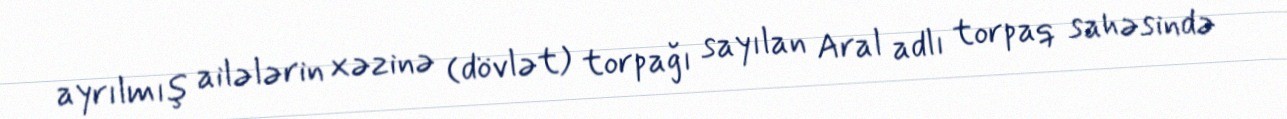
ayrılmış ailələrin xəzinə (dövlət) torpağı sayılan Aral adlı torpaq sahəsində